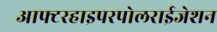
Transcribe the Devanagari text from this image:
आफ्टरहाइपरपोलराईजेशन